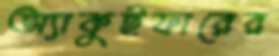
অ্যাকুইফারের